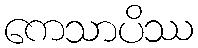
ကေသာပိဿ